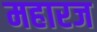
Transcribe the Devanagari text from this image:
महारज